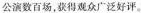
公演数百场，获得观众广泛好评。